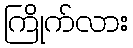
ကြိုက်လား